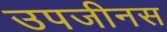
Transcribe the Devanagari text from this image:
उपजीनस